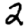
Digit: 2